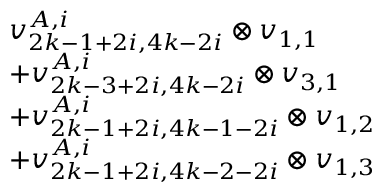
\begin{array} { r l } & { v _ { 2 k - 1 + 2 i , 4 k - 2 i } ^ { A , i } \otimes v _ { 1 , 1 } } \\ & { + v _ { 2 k - 3 + 2 i , 4 k - 2 i } ^ { A , i } \otimes v _ { 3 , 1 } } \\ & { + v _ { 2 k - 1 + 2 i , 4 k - 1 - 2 i } ^ { A , i } \otimes v _ { 1 , 2 } } \\ & { + v _ { 2 k - 1 + 2 i , 4 k - 2 - 2 i } ^ { A , i } \otimes v _ { 1 , 3 } } \end{array}